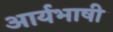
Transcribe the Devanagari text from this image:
आर्यभाषी